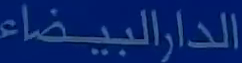
الدارالبيضاء